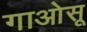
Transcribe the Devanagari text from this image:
गाओसू